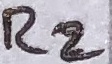
Text: R2